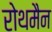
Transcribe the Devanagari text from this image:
रोथमैन